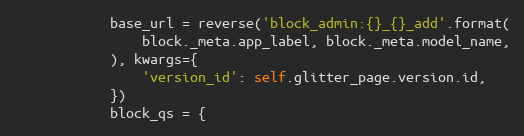
Language: Python
            base_url = reverse('block_admin:{}_{}_add'.format(
                block._meta.app_label, block._meta.model_name,
            ), kwargs={
                'version_id': self.glitter_page.version.id,
            })
            block_qs = {